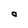
Character: 0